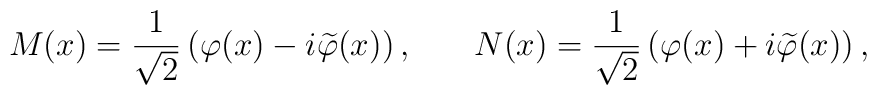
M(x)=\frac 1{\sqrt{2}}\left( \varphi (x)-i\widetilde{\varphi}(x)\right) , \hspace{0.3in}N(x)=\frac 1{\sqrt{2}}\left(\varphi(x)+i\widetilde{\varphi}(x)\right) ,